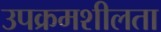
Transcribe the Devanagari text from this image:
उपक्रमशीलता